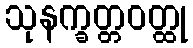
သုနက္ခတ္တဝတ္ထု